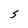
Character: S